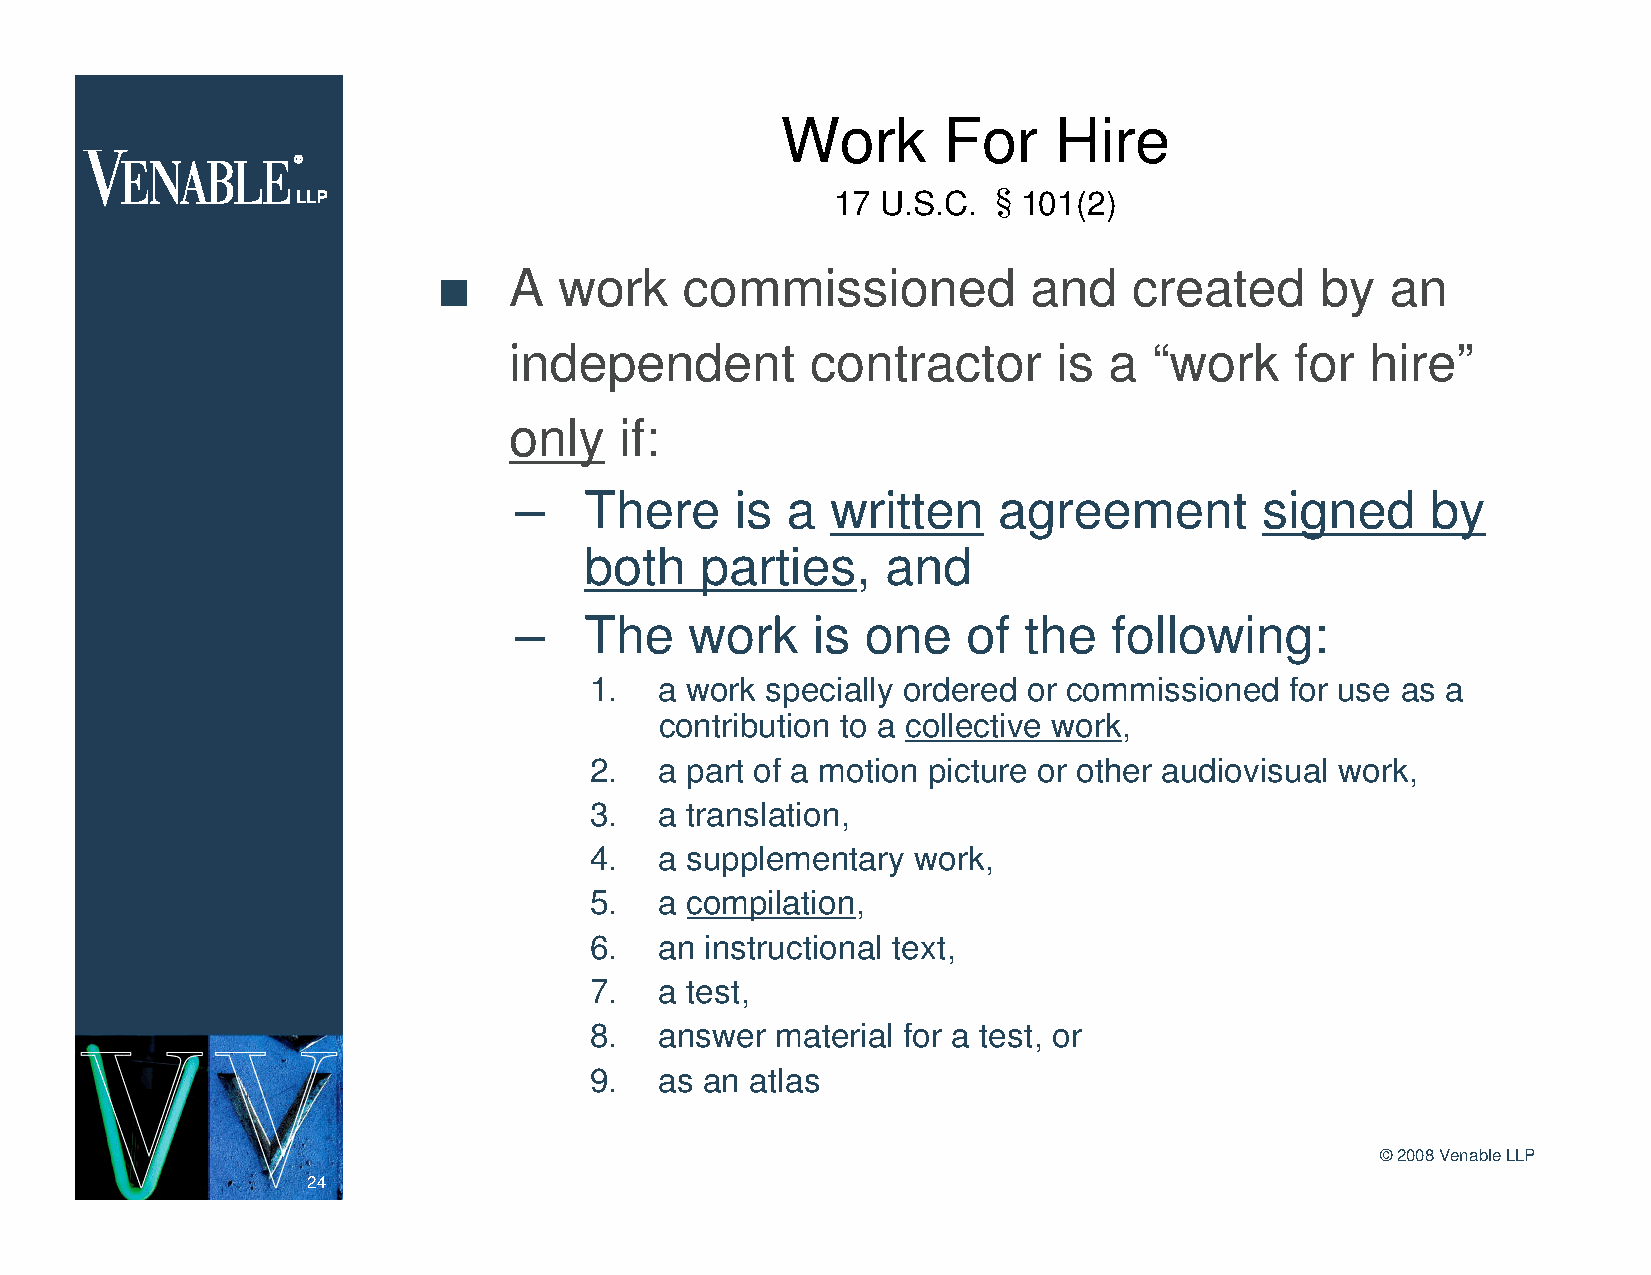
Work      For     Hire
 17 U.S.C. §101(2)
 n    A  work    commissioned           and    created     by   an
 independent         contractor      is a  “work     for  hire”
 only   if:
 –    There     is a  written    agreement         signed     by
 both   parties,     and
 –    The    work    is one    of  the   following:
 1.   a work specially ordered or commissioned for use as a
 contribution to a collective work,
 2.   a part of a motion picture or other audiovisual work,
 3.   a translation,
 4.   a supplementary  work,
 5.   a compilation,
 6.   an instructional text,
 7.   a test,
 8.   answer material for a test, or
 9.   as an atlas
 ©2008 Venable LLP
 24